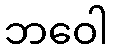
ဘဝေါ